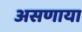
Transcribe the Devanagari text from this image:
असणाया